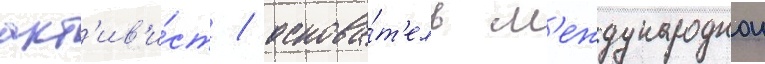
акт'ив'и́ст / основа́т'ель м'еждународнои